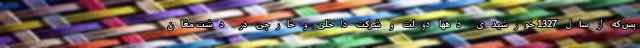
بس که از سال 1327 خورشیدی دهها دولت و شرکت داخلی و خارجی در دشت مغان